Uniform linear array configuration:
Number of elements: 24
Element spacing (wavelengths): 1
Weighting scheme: cosine
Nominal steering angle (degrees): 15
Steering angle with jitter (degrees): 16.268
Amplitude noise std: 0.05
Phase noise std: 0.05

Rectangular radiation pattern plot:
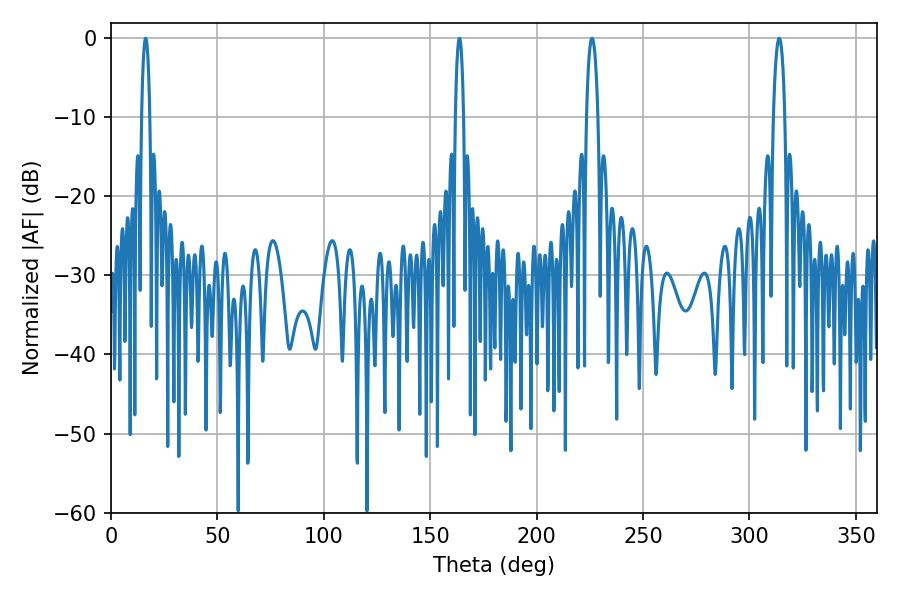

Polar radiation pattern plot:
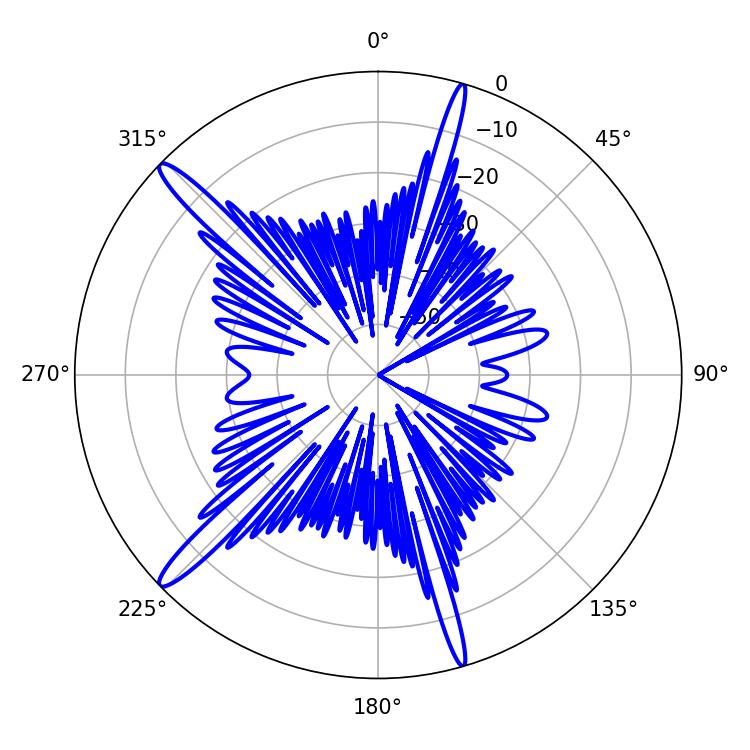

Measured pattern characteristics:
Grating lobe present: TRUE
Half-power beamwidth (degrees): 3.06
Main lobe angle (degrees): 313.92